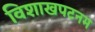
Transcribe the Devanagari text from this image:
विशाखपटनम